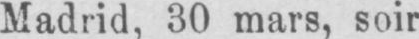
Madrid, 30 mars, soir